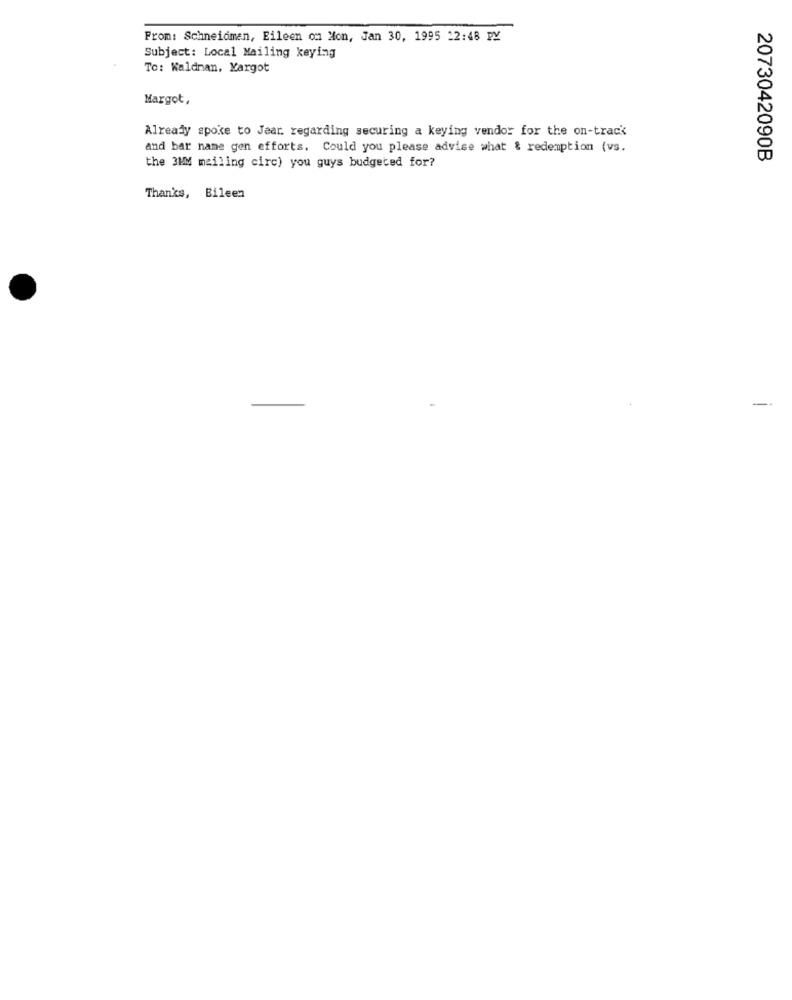
From: Schneidmen, Eileen ou Mon, Jan 30, 1995 -2:48 PY
Subject: Local Mailing keying
To: Waldnan, Kargot
Margot,
Already spoke to Jear. regarding securing a keying vendor for the on-track
and bar name gen efforts. Could you please advise what & redemption (vs.
2073042090B
the 3MM mailing circ) you guys budgeted for?
Thanks, Bileen